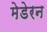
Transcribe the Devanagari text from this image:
मेडेरन